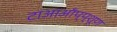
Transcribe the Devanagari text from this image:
टाआऑंप्प्शूण